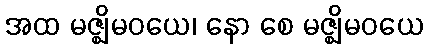
အထ မဇ္ဈိမဝယေ၊ နော စေ မဇ္ဈိမဝယေ